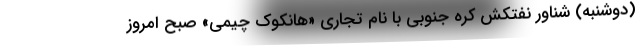
(دوشنبه) شناور نفتکش کره جنوبی با نام تجاری «هانکوک چیمی» صبح امروز